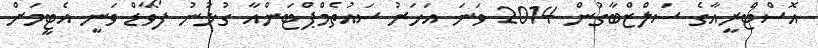
އޮސްޓްރީއާގެ ސަލްޒްބާގުން 2014 ވަނަ އަހަރު ސައުތެމްޕްޓަންއާ ގުޅުނު ފޯވާޑް ވަނީ އެޓީމަށް